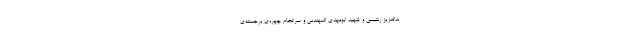
بدالعزیز رنتیسی و شهید ابومهدی المهندس و سرانجام چهره‌ی برجسته‌ی